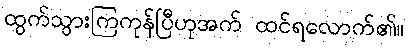
ထွက်သွားကြကုန်ပြီဟုအက် ထင်ရလောက်၏။